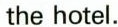
the hotel.